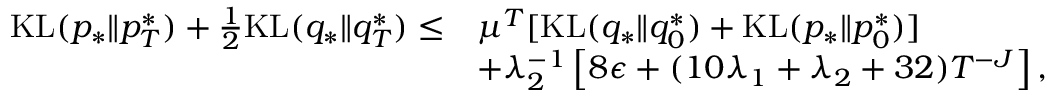
\begin{array} { r l } { \mathrm { K L } ( p _ { * } \| p _ { T } ^ { * } ) + \frac { 1 } { 2 } \mathrm { K L } ( q _ { * } \| q _ { T } ^ { * } ) \leq } & { \mu ^ { T } [ \mathrm { K L } ( q _ { * } \| q _ { 0 } ^ { * } ) + \mathrm { K L } ( p _ { * } \| p _ { 0 } ^ { * } ) ] } \\ & { + \lambda _ { 2 } ^ { - 1 } \left[ 8 \epsilon + ( 1 0 \lambda _ { 1 } + \lambda _ { 2 } + 3 2 ) T ^ { - J } \right] , } \end{array}